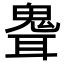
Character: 𩲽